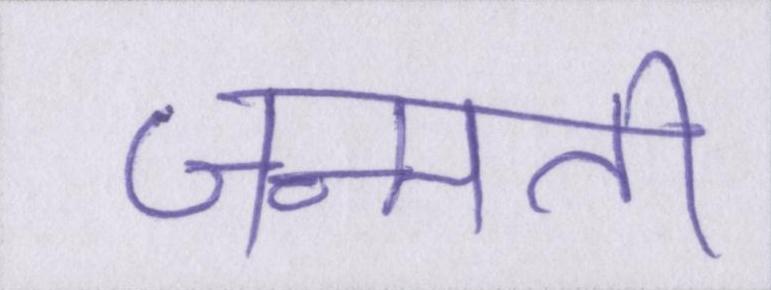
जन्मती